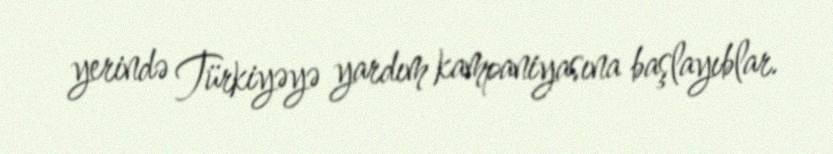
yerində Türkiyəyə yardım kampaniyasına başlayıblar.